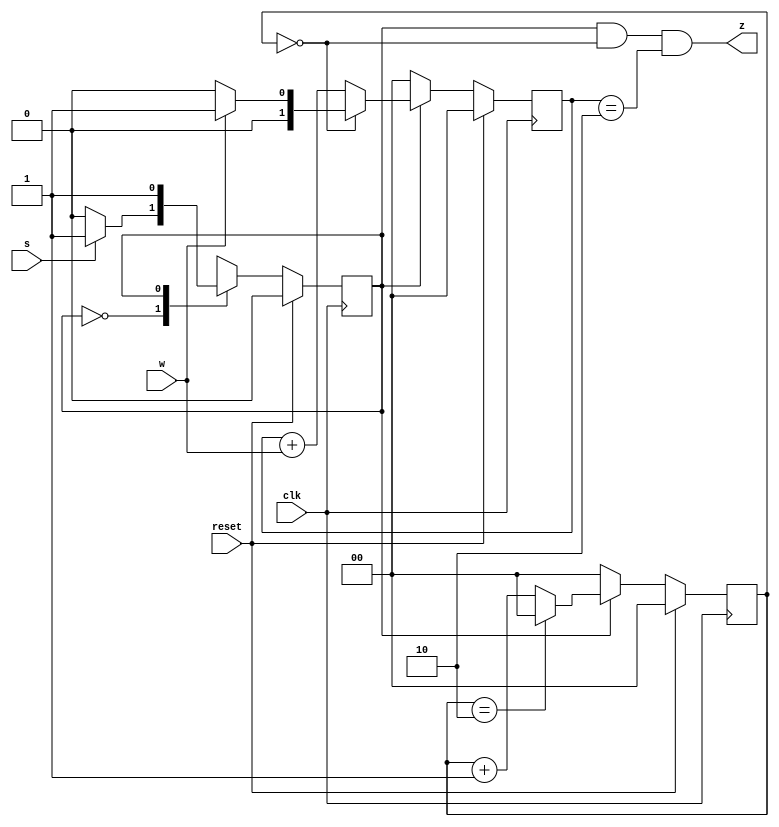
module top_module (
    input clk,
    input reset,   // Synchronous reset
    input s,
    input w,
    output z
);

    parameter A=1'b0, B=1'b1;
    reg state, next_state;

    // State transition logic (combinational)
	always @(*) begin
        case (state)
            A: next_state = s ? B:A;
            B: next_state = B;
            default: next_state = A;
        endcase
    end
    
    // State flip-flops (sequential)
    always @(posedge clk) begin
        state <= (reset) ? A:next_state ;
    end
    
    // counter
    reg [1:0] cnt_cycle, cnt_w;
    always @(posedge clk) begin
        if (reset) begin
            cnt_cycle <= 2'b00;
        end
        else if (state==B) begin //state B 
            if (cnt_cycle==2'b10) begin
                cnt_cycle <= 2'b00;
            end
            else begin
                cnt_cycle <= cnt_cycle + 1;
            end
        end
        else begin
            cnt_cycle <= 2'b00;
        end
    end
    
    always @(posedge clk) begin
        if (reset) begin
            cnt_w <= 2'b00;
        end
        else if (state==B) begin
            if (cnt_cycle==2'b00) begin // 
                cnt_w <= (w) ? 1:0; //1or0
            end
            else begin
                cnt_w <= cnt_w + w;
            end
        end
        else begin //state A 
            cnt_w <= 2'b00;
        end
    end
    
    // Output logic
    assign z = (state==B) & (cnt_cycle==0) & (cnt_w==2);
    
endmodule